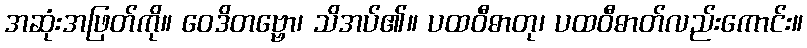
အဆုံးအဖြတ်ကို။ ဝေဒိတဗ္ဗော၊ သိအပ်၏။ ပထဝီဓာတု၊ ပထဝီဓာတ်လည်းကောင်း။